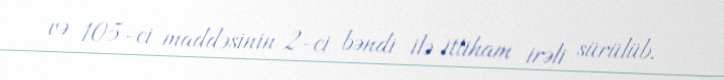
və 105-ci maddəsinin 2-ci bəndi ilə ittiham irəli sürülüb.